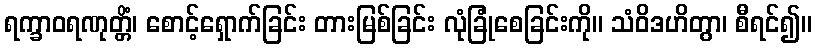
ရက္ခာဝရဏုတ္တိံ၊ စောင့်ရှောက်ခြင်း တားမြစ်ခြင်း လုံခြုံစေခြင်းကို။ သံဝိဒဟိတွာ၊ စီရင်၍။